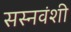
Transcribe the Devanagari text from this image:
सस्नवंशी